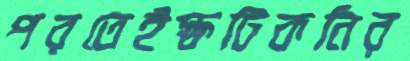
পরতেইস্ফটিকনির